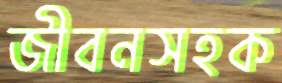
জীবনসহক